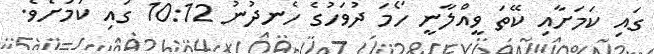
ގައި ކަމަށާއި ކޭތަ ވީއްލާނީ ހޯމަ ދުވަހުގެ ހެނދުނު 10:12 ގައި ކަމަށެވެ.